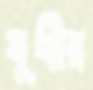
যূথীর